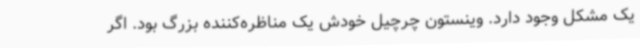
یک مشکل وجود دارد. وینستون چرچیل خودش یک مناظره‌کننده بزرگ بود. اگر